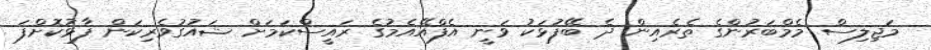
މަޖިލިސް މެމްބަރުންގެ ތެރެއިން ދެ ބޭފުޅަކު ވަނީ އެފްއޭއެމުގެ ރައީސްކަމަށް ޝައުގުވެރިކަން ފާޅުކޮށްފަ